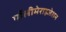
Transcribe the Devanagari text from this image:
पॉलीमेराइजेशन